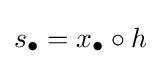
s_{\bullet }=x_{\bullet }\circ h